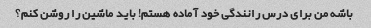
باشه من برای درس رانندگی خود آماده هستم! باید ماشین را روشن کنم؟